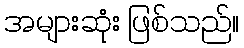
အများဆုံး ဖြစ်သည်။